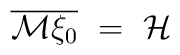
\overline{{\mathcal M} \xi_0} \ = \ {\mathcal H} \